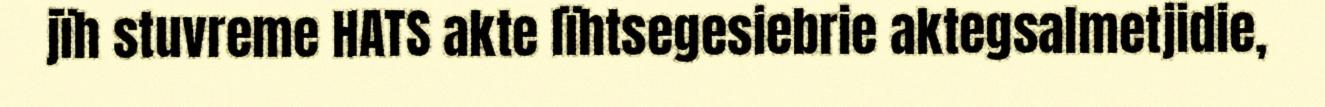
jïh stuvreme HATS akte lïhtsegesiebrie aktegsalmetjidie,